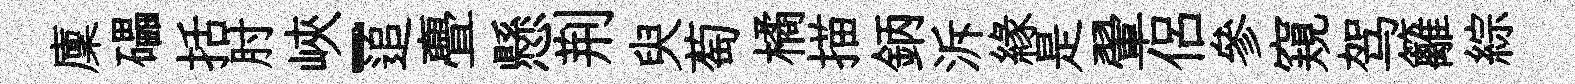
廩礧括肘峽-追亹懸荆臾萄橘描鈵泝緣是翬侶參窺驾籬綜